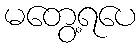
မတွေ့ရပေ